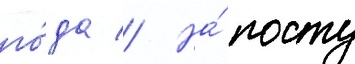
го́да // На́ посту